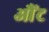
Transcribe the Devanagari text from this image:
औंट